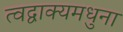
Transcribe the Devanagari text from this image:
त्वद्वाक्यमधुना